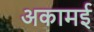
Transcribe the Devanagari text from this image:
अकामई